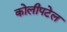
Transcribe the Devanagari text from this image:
कोलीपटेल